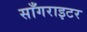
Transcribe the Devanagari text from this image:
साँगराइटर